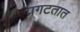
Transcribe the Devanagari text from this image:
प्रगटतात